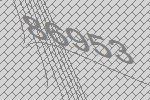
86953